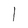
Character: 1